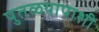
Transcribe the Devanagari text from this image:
पुतळयापाशी